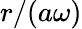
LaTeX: r/(a\omega)